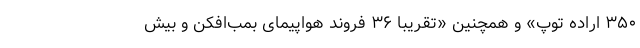
۳۵۰ اراده توپ» و همچنین «تقریباً ۳۶ فروند هواپیمای بمب‌افکن و بیش